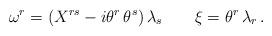
LaTeX: \begin{align*} \omega^r = \left( X^{rs} - i \theta^r \, \theta^s \right) \lambda_s \qquad \xi= \theta^r \, \lambda_r \, .\end{align*}